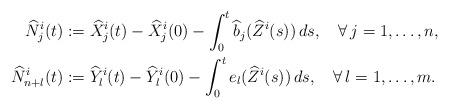
LaTeX: \begin{align*}\begin{aligned}\widehat N^i_j(t) &:= \widehat X^i_j(t) - \widehat X^i_j(0)-\int_0^t \widehat b_j(\widehat Z^i(s))\, ds,\quad\forall\, j=1,\ldots,n,\\\widehat N^i_{n+l}(t) &:= \widehat Y^i_l(t)-\widehat Y^i_l(0)-\int_0^t e_l(\widehat Z^i(s))\, ds,\quad\forall\, l=1,\ldots,m.\end{aligned}\end{align*}